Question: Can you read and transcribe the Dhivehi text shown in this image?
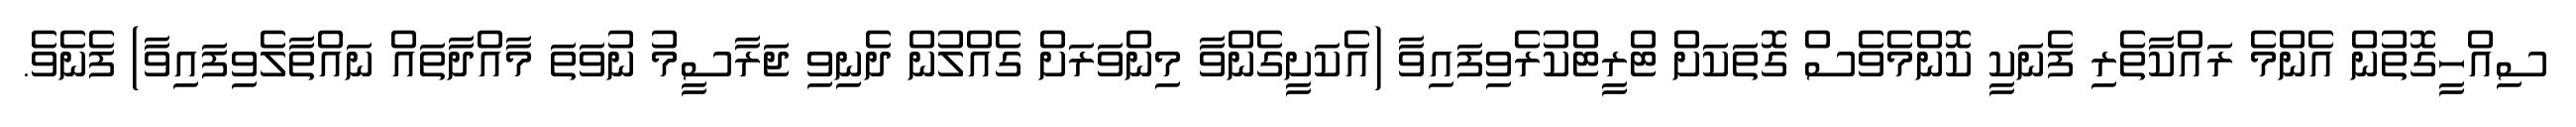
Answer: ސިއްހީގޮތުން އެންމެ ރައްކާތެރި ފެނަކީ ކޮންމެވެސް ގޮތަކަށް ޓްރީޓްކުރެވިފައިވާ (އެކަށީގެންވާ މިންވަރަށް ގެއްލުން ދެނިވި ޖަރާސީމު ނުވަތަ މާއްދާތައް ނައްތާލެވިފައިވާ) ފެނެވެ.